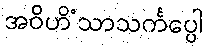
အဝိဟိံသာသင်္ကပ္ပေါ